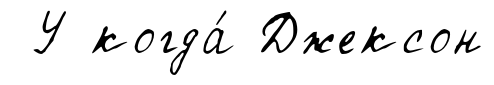
У когда́ Джексон